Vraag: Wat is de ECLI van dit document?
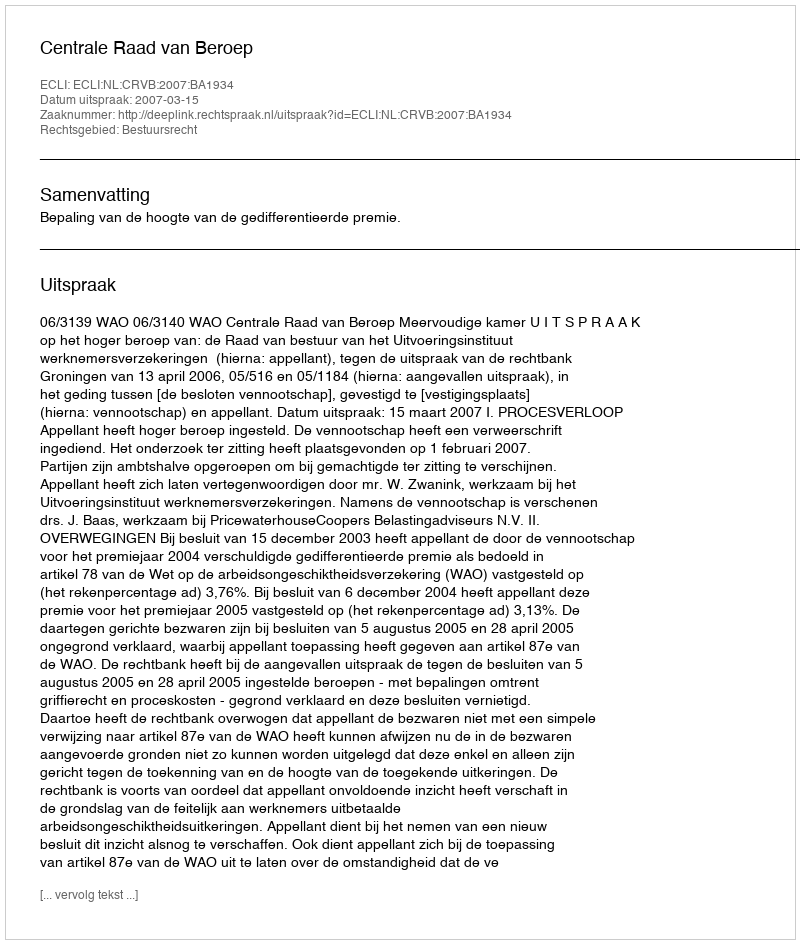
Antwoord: ECLI:NL:CRVB:2007:BA1934